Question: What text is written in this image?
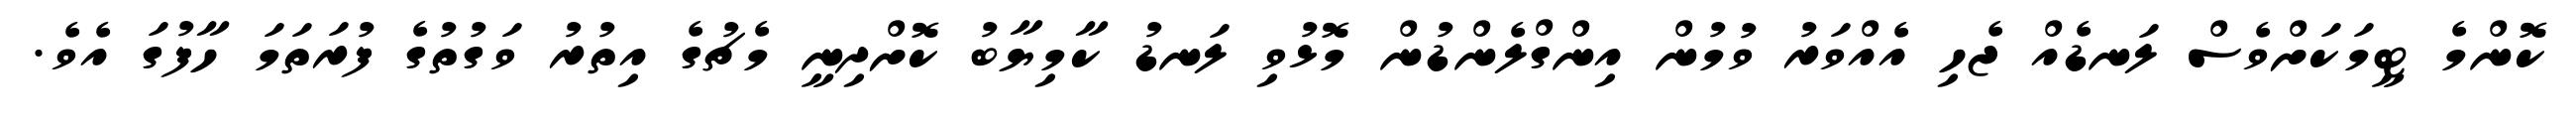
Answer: ކޮންމެ ޓީމަކަށްވެސް ލަނޑެއް ޖެހި އެއްވަރު ވުމުން އިންގްލެންޑުން މޮޅުވި ލަނޑު ކާމިޔާބު ކޮށްދިނީ މެޗުގެ އިތުރު ވަގުތުގެ ފުރަތަމަ ހާފުގަ އެވެ.